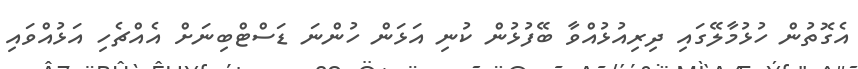
އެގޮތުން ހުޅުމާލޭގައި ދިރިއުޅުއްވާ ބޭފުޅުން ކުނި އަޅަން ހުންނަ ޑަސްޓްބިނަށް އެއްޗެހި އަޅުއްވައި